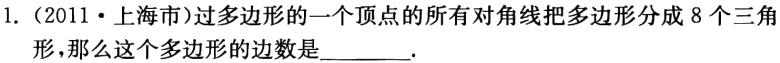
1.（2011·上海市）过多边形的一个顶点的所有对角线把多边形分成 8 个三角形，那么这个多边形的边数是________.